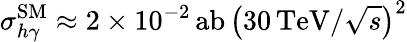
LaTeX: \sigma_{h\gamma}^{\mathrm{SM}}\approx 2\times 10^{-2}\, \mathrm{ab}\, \big({30\, \mathrm{TeV}}/{\sqrt{s}}\big)^{2}